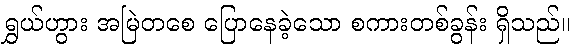
ရွှယ်ဟွား အမြဲတစေ ပြောနေခဲ့သော စကားတစ်ခွန်း ရှိသည်။